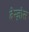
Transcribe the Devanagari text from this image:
बेन्ज़ोस